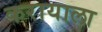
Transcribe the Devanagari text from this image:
करायाला